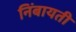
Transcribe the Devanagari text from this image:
निंबायती